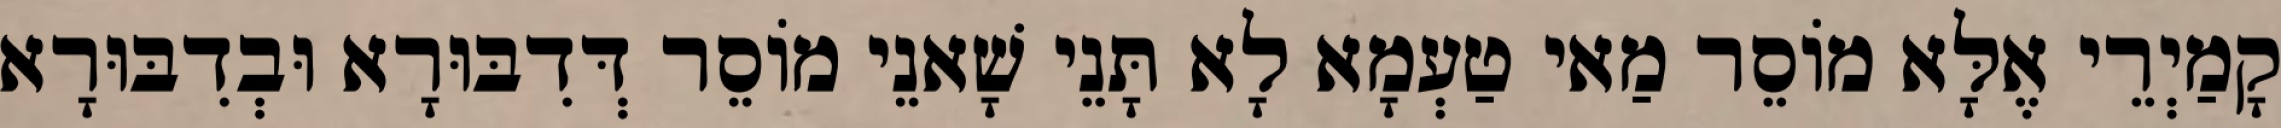
קָמַיְרֵי אֶלָּא מוֹסֵר מַאי טַעְמָא לָא תָּנֵי שָׁאנֵי מוֹסֵר דְּדִבּוּרָא וּבְדִבּוּרָא